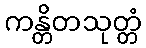
ကန္တိတသုတ္တံ